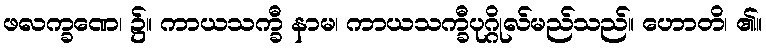
ဖလက္ခဏေ၊ ၌။ ကာယသက္ခီ နာမ၊ ကာယသက္ခီပုဂ္ဂိုလ်မည်သည်။ ဟောတိ၊ ၏။